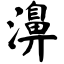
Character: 濞